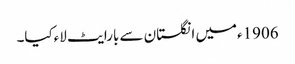
1906ءمیں انگلستان سے بارایٹ لاءکیا۔